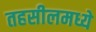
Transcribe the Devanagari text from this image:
तहसीलमध्ये